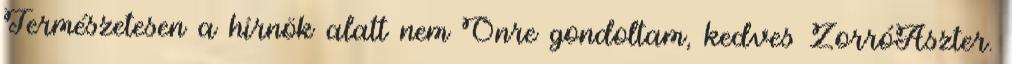
Természetesen a hírnök alatt nem Önre gondoltam, kedves ZorróAszter.